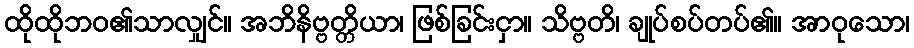
ထိုထိုဘဝ၏သာလျှင်။ အဘိနိဗ္ဗတ္တိယာ၊ ဖြစ်ခြင်းငှာ။ သိဗ္ဗတိ၊ ချုပ်စပ်တပ်၏။ အာဝုသော၊